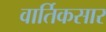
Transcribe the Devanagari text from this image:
वार्तिकसार